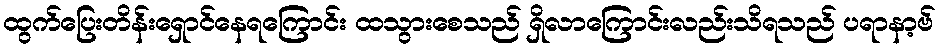
ထွက်ပြေးတိန်းရှောင်နေရကြောင်း ထသွားစေသည် ရှိလာကြောင်းလည်းသိရသည် ပရာနာ့ဗ်